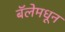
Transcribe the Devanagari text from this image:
बॅलेमधून